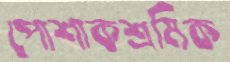
পোশাকশ্রমিক